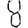
Digit: 8